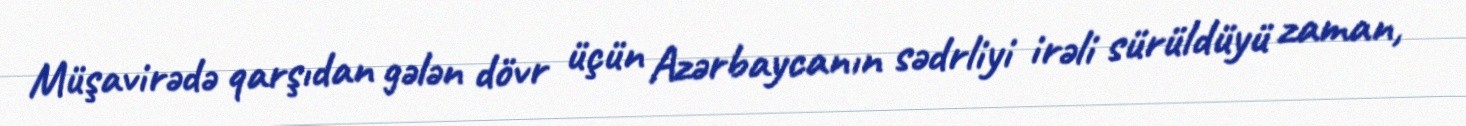
Müşavirədə qarşıdan gələn dövr üçün Azərbaycanın sədrliyi irəli sürüldüyü zaman,